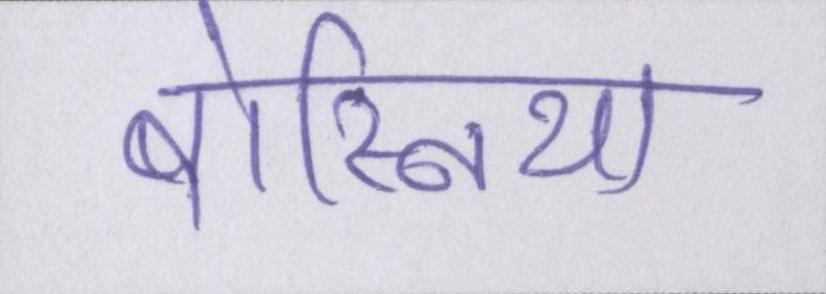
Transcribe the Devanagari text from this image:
बोस्निया